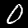
Label: 0